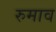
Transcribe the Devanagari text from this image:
रुमाव